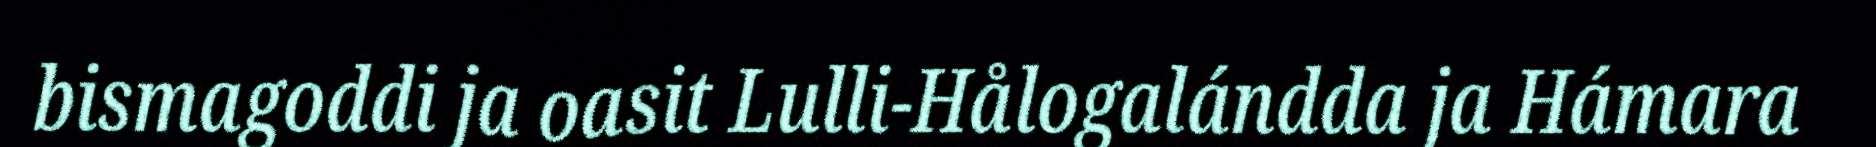
bismagoddi ja oasit Lulli-Hålogalándda ja Hámara